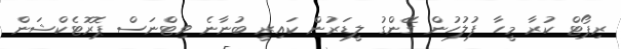
ރިޕޯޓް ކުރާ މީހާ ފުލުހުން ގޭންގު ލީޑަރުން ކައިރީ ބުނާނެ ވިޓްނަސް ޕޮރޮޓެކްޝަން